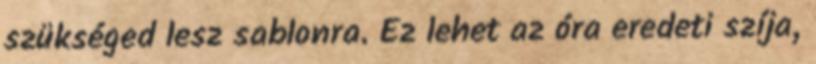
szükséged lesz sablonra. Ez lehet az óra eredeti szíja,